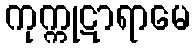
ကုက္ကုဋာရာမေ